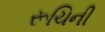
રૂચિની